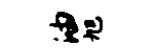
油旭